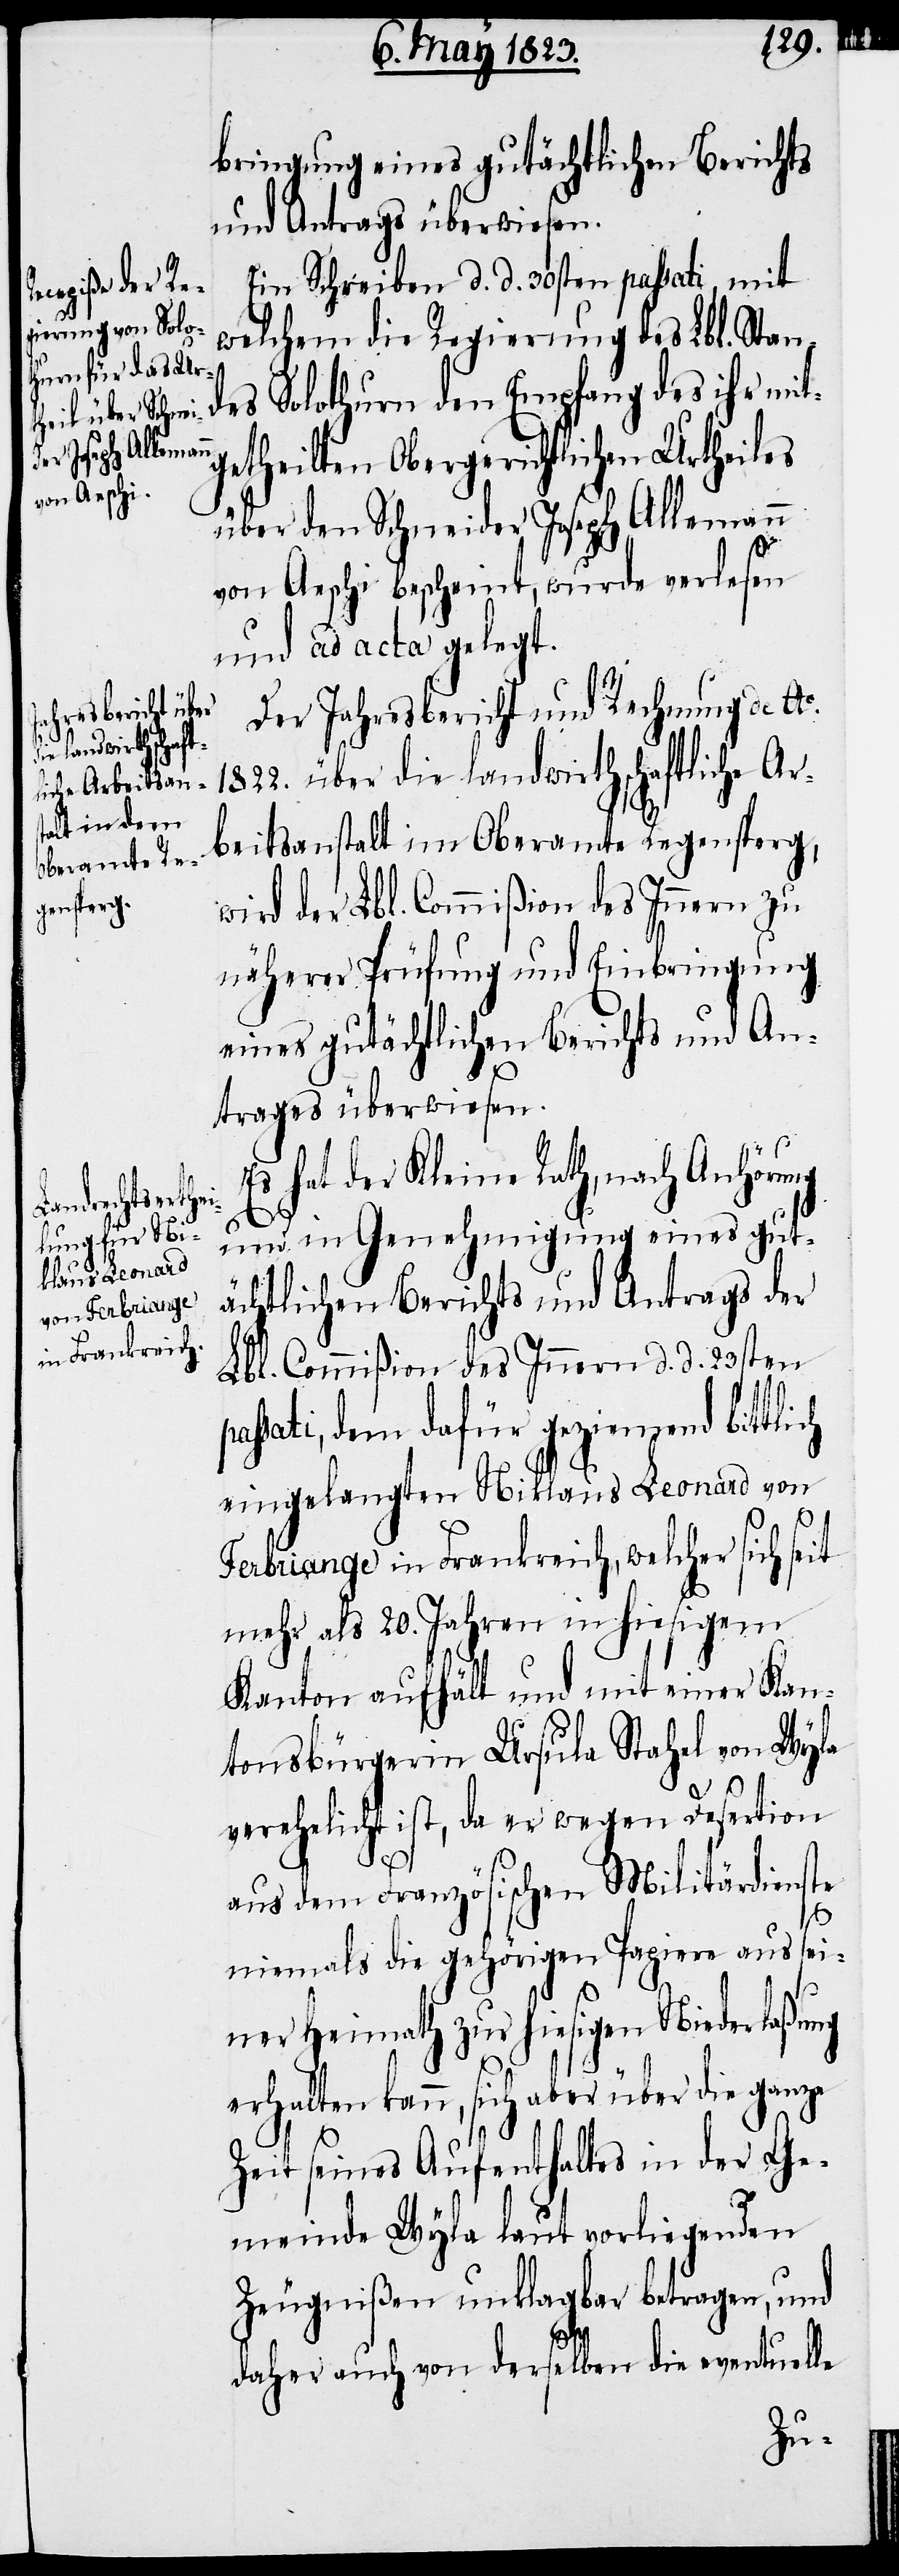
bringung eines gutächtlichen Berichts
und Antrags überwiesen.
Ein Schreiben d. d. 30sten passati, mit
welchem die Regierung des Lbl. Stan¬
des Solothurn den Empfang des ihr mit¬
getheilten Obergerichtlichen Urtheiles
über den Schneider Joseph Allemann
von Aeschi bescheint, wurde verlesen
und ad acta gelegt.
Der Jahresbericht und Rechnung de A¬
o. 1822. über die landwirthschaftliche Ar¬
beitsanstalt im Oberamte Regensperg,
wird der Lbl. Commißion des Innern zu
näherer Prüfung und Einbringung
eines gutächtlichen Berichts und An¬
trages überwiesen.
Es hat der Kleine Rath, nach Anhörung
und in Genehmigung eines gut¬
ächtlichen Berichts und Antrags der
Lbl. Commißion des Innern d. d. 23sten
passati, dem dafür geziemend bittlich
eingelangten Niklaus Leonard von
Ferbriange in Frankreich, welcher sich seit
mehr als 20. Jahren in hiesigem
Kanton aufhält und mit einer Kan¬
tonsbürgerin Ursula Stahel von Wyla
verehelicht ist, da er wegen Desertion
aus dem Französischen Militärdienste
niemals die gehörigen Papiere aus sei¬
ner Heimath zur hiesigen Niederlaßung
erhalten kann, sich aber über die ganze
Zeit seines Aufenthaltes in der Ge¬
meinde Wyla laut vorliegenden
Zeugnißen unklagbar betragen, und
daher auch von derselben die eventuelle